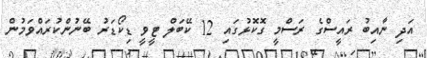
އަދި ނާއިބު ރައީސްގެ ރަސްމީ ގޮކޮޅުގައި 12 ކޭބަލް ޓީވީ ޑިކޯޑަރު ބޭނުންކުރައްވަމުން